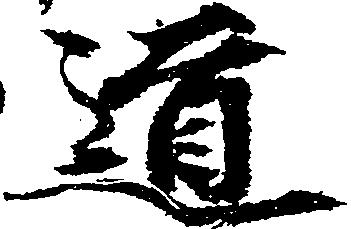
道